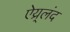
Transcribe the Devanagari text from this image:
ऐय्र्लंद